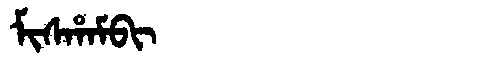
Manchu: ᠮᡳᠰᡥᠠᠮᠪᡳ
Romanization: MISHAMBI